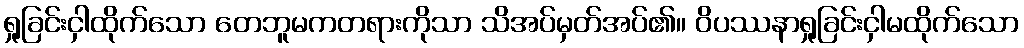
ရှုခြင်းငှါထိုက်သော တေဘူမကတရားကိုသာ သိအပ်မှတ်အပ်၏။ ဝိပဿနာရှုခြင်းငှါမထိုက်သော